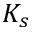
K _ { s }